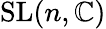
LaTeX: \mathrm{SL}(n,\mathbb{C})